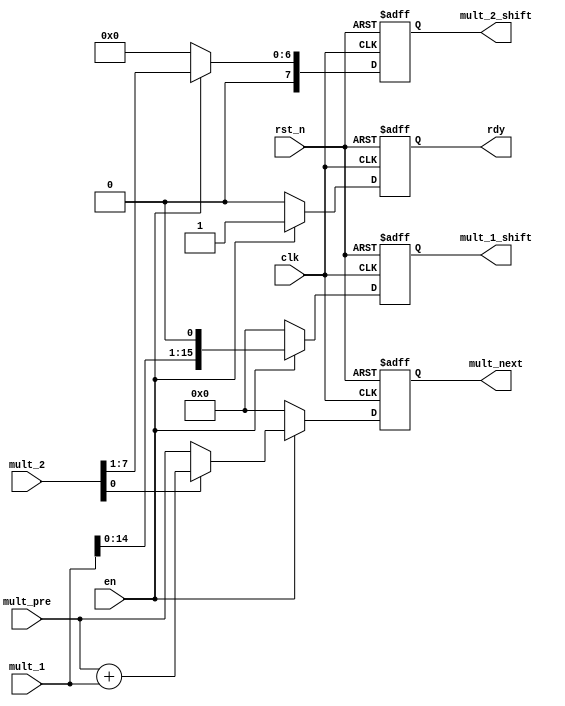
module    mult_cell(
    input[15:0]         mult_1,
    input[7:0]          mult_2,

    input[15:0]         mult_pre,
    
    input               clk,
    input               rst_n,
    input               en,

    output reg          rdy,
    
	output reg[15:0]    mult_1_shift,
    output reg[7:0]     mult_2_shift,
    output reg[15:0]    mult_next
);

always @(posedge clk or negedge rst_n) begin
    if(~rst_n) begin
        mult_next <= 0;
        mult_1_shift <= 0;
        rdy <= 0;
        mult_2_shift <= 0;
    end
    else if(en) begin
        mult_1_shift <= mult_1 << 1;
        rdy <= 1;
        mult_2_shift <= {0, mult_2[7:1]};
        if(mult_2[0]) begin
            mult_next <= mult_pre + mult_1;
        end
        else begin
            mult_next <= mult_pre;
        end
    end
    else begin
        mult_next <= 0;
        mult_1_shift <= 0;
        rdy <= 0;
        mult_2_shift <= 0;
    end
end

endmodule